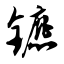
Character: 镳